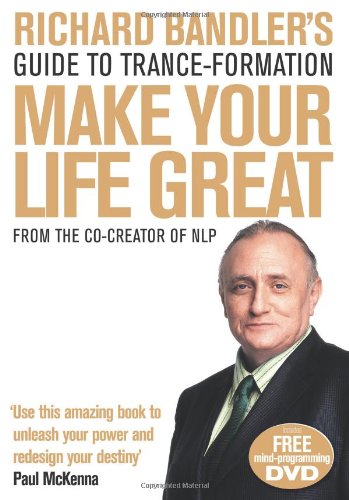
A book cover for Richard Bandler's Guide to Trance-Formation: Make Your Life Great.; Richard Bandler; Health, Fitness & Dieting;